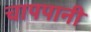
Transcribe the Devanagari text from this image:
चापपानी